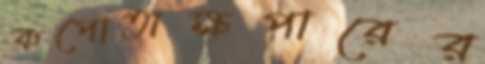
কপোতাক্ষপারের